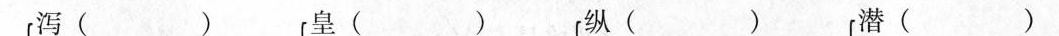
泻（ ）皇（ ）纵（ ）潜（ ）